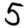
Digit: 5